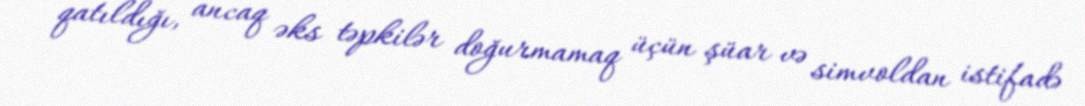
qatıldığı, ancaq əks təpkilər doğurmamaq üçün şüar və simvoldan istifadə